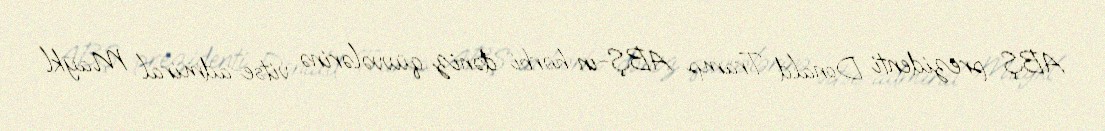
ABŞ prezidenti Donald Tramp ABŞ-ın hərbi dəniz qüvvələrinə vitse-admiral Maykl